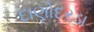
દાણોદરડા